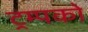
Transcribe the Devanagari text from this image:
ट्रम्पको